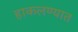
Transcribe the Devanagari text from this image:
हाकलण्यात